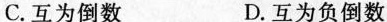
C.互为倒数 D.互为负倒数